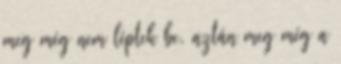
meg még nem léptek be, aztán meg még a